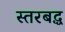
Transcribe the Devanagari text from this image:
स्तरबद्ध